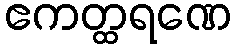
ဧကတ္ထရဏေ